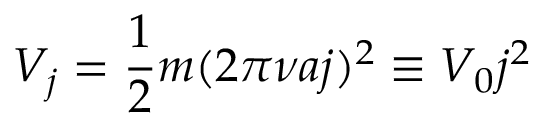
V _ { j } = \frac { 1 } { 2 } m ( 2 \pi \nu a j ) ^ { 2 } \equiv V _ { 0 } j ^ { 2 }